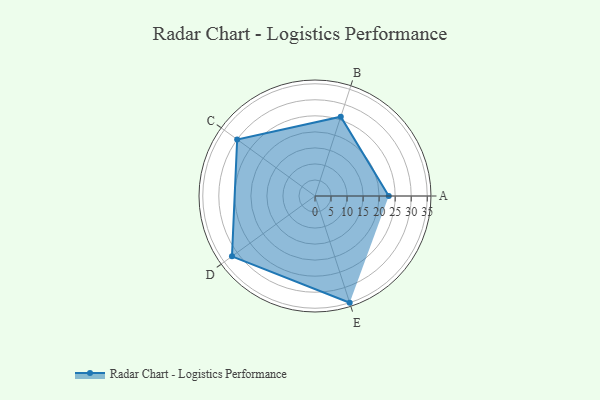
{"axis": {"x": "Skill", "y": "Score"}, "legend": ["Profile"], "data": [{"x": "A", "y": 23.0, "type": "Profile"}, {"x": "B", "y": 26.0, "type": "Profile"}, {"x": "C", "y": 30.0, "type": "Profile"}, {"x": "D", "y": 32.0, "type": "Profile"}, {"x": "E", "y": 35.0, "type": "Profile"}]}